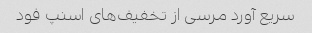
سریع آورد مرسی از تخفیف‌های اسنپ فود